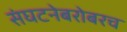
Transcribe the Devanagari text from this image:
संघटनेबरोबरच